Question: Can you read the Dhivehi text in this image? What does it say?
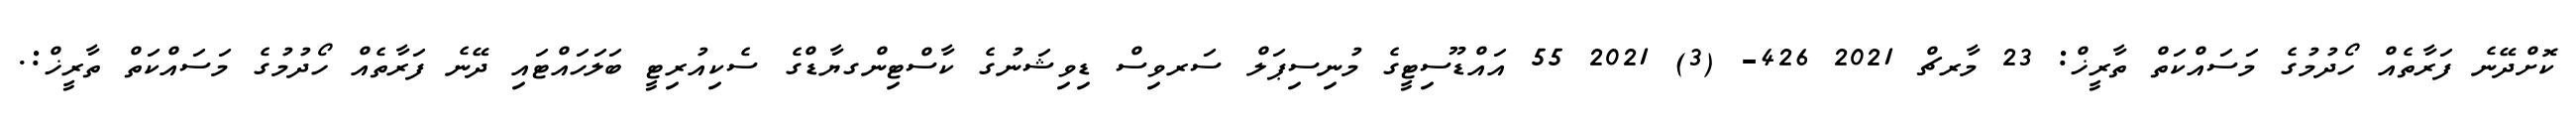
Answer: ކޮށްދޭނެ ފަރާތެއް ހޯދުމުގެ މަސައްކަތް ތާރީޚް: 23 މާރޗް 2021 426- (3) 2021 55 އައްޑޫސިޓީގެ މުނިސިޕަލް ސަރވިސް ޑިވިޝަނުގެ ކާސްޓިންގޔާޑްގެ ސެކިއުރިޓީ ބަލަހައްޓައި ދޭނެ ފަރާތެއް ހޯދުމުގެ މަސައްކަތް ތާރީޚް:.